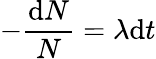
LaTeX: -{\frac{\mathrm{d}N}{N}}=\lambda\mathrm{d}t